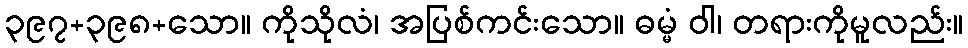
၃၉၇+၃၉၈+သော။ ကိုသိုလံ၊ အပြစ်ကင်းသော။ ဓမ္မံ ဝါ၊ တရားကိုမူလည်း။